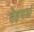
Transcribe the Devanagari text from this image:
हेइयर्स